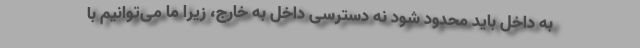
به داخل باید محدود شود نه دسترسی داخل به خارج، زیرا ما می‌توانیم با